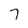
Character: 7